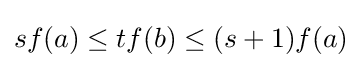
sf(a)\leq tf(b)\leq (s+1)f(a)